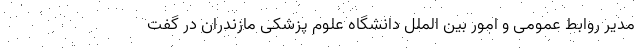
مدیر روابط عمومی و امور بین الملل دانشگاه علوم پزشکی مازندران در گفت